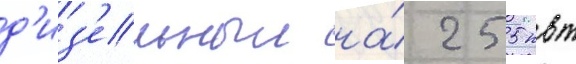
д'из'ельныи на́ 255 квт